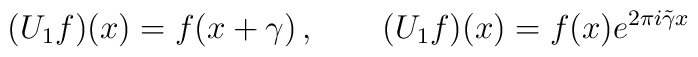
(U_{1}f)(x) = f(x + \gamma) \, , \qquad (U_{1}f)(x) = f(x)e^{2\pi i  \tilde \gamma x}